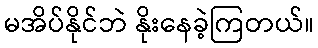
မအိပ်နိုင်ဘဲ နိုးနေခဲ့ကြတယ်။